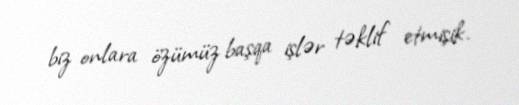
biz onlara özümüz başqa işlər təklif etmişik.